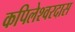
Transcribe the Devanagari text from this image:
कपिलेश्वरदास